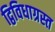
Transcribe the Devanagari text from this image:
द्विविधाग्रस्त